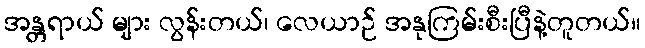
အန္တရာယ် များ လွန်းတယ်၊ လေယာဉ် အနုကြမ်းစီးပြီနဲ့တူတယ်။